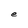
Character: e